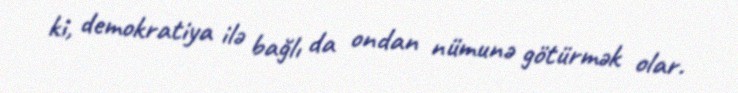
ki, demokratiya ilə bağlı da ondan nümunə götürmək olar.